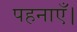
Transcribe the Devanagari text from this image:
पहनाएँ।